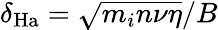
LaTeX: \delta_{\mathrm{Ha}}={\sqrt{m_{i}n\nu\eta}}/{B}